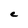
Character: c